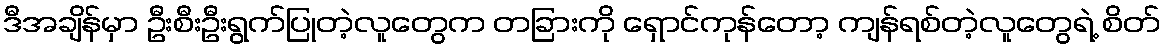
ဒီအချိန်မှာ ဦးစီးဦးရွက်ပြုတဲ့လူတွေက တခြားကို ရှောင်ကုန်တော့ ကျန်ရစ်တဲ့လူတွေရဲ့ စိတ်